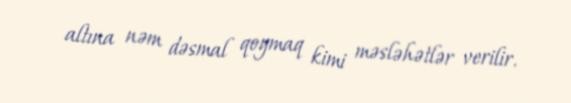
altına nəm dəsmal qoymaq kimi məsləhətlər verilir.